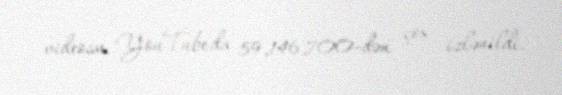
videosu YouTube'da 59,146,700-dən çox izlənildi.